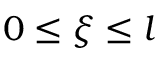
0 \le \xi \le l